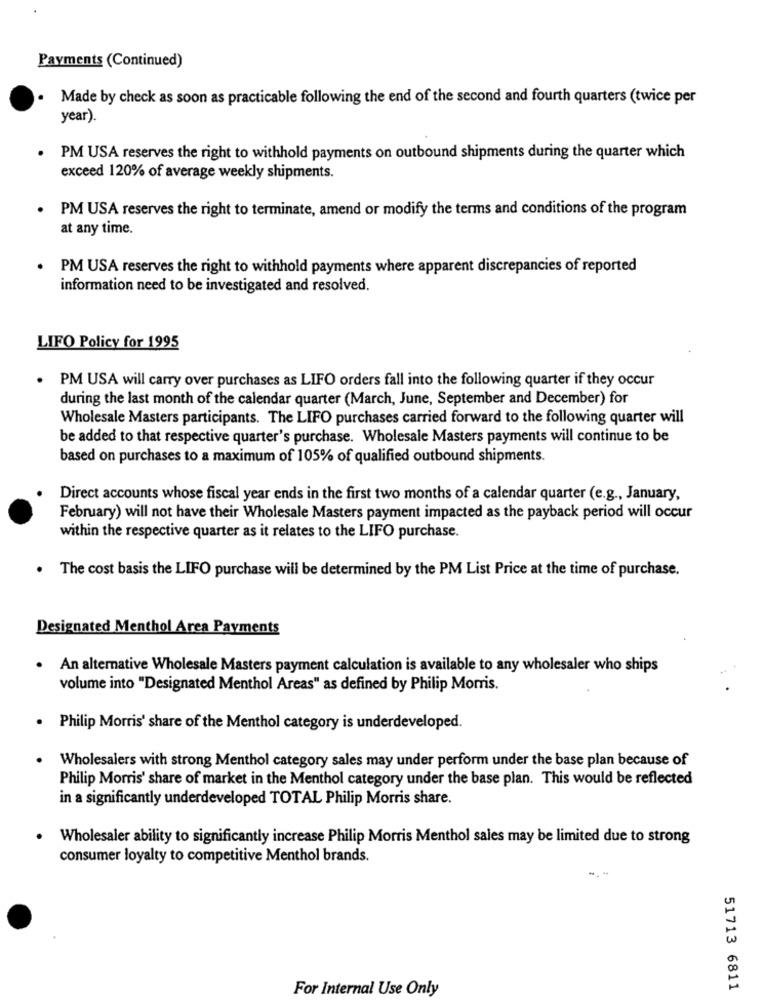
Payments (Continued)
Made by check as soon as practicable following the end of the second and fourth quarters (twice per
year).
PM USA reserves the right to withhold payments on outbound shipments during the quarter which
exceed 120% of average weekly shipments.
PM USA reserves the right to terminate, amend or modify the terms and conditions of the program
at any time.
PM USA reserves the right to withhold payments where apparent discrepancies of reported
information need to be investigated and resolved.
LIFO Policy for 1995
. PM USA will carry over purchases as LIFO orders fall into the following quarter if they occur
during the last month of the calendar quarter (March, June, September and December) for
Wholesale Masters participants. The LIFO purchases carried forward to the following quarter will
be added to that respective quarter's purchase. Wholesale Masters payments will continue to be
based on purchases to a maximum of 105% of qualified outbound shipments.
Direct accounts whose fiscal year ends in the first two months of a calendar quarter (e.g ., January,
February) will not have their Wholesale Masters payment impacted as the payback period will occur
within the respective quarter as it relates to the LIFO purchase.
. The cost basis the LIFO purchase will be determined by the PM List Price at the time of purchase.
Designated Menthol Area Payments
. An alternative Wholesale Masters payment calculation is available to any wholesaler who ships
volume into "Designated Menthol Areas" as defined by Philip Morris.
. Philip Morris' share of the Menthol category is underdeveloped.
Wholesalers with strong Menthol category sales may under perform under the base plan because of
Philip Morris' share of market in the Menthol category under the base plan. This would be reflected
in a significantly underdeveloped TOTAL Philip Morris share.
Wholesaler ability to significantly increase Philip Morris Menthol sales may be limited due to strong
consumer loyalty to competitive Menthol brands.
For Internal Use Only
51713 6811